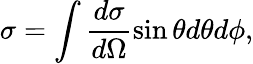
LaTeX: \sigma=\int\frac{d\sigma}{d\Omega}\sin\theta d\theta d\phi,